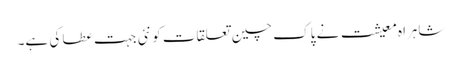
شاہراہ معیشت نے پاک چین تعلقات کو نئی جہت عطا کی ہے۔